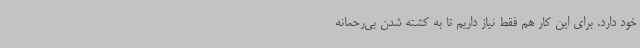
خود دارد. برای این کار هم فقط نیاز داریم تا به کشته شدن بی‌رحمانه